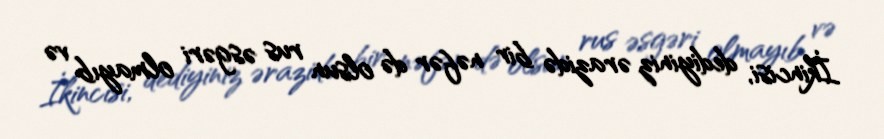
İkincisi, dediyiniz ərazidə bir nəfər də olsun rus əsgəri olmayıb və